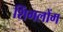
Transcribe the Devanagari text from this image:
शिंगलोंग